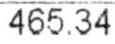
465.34